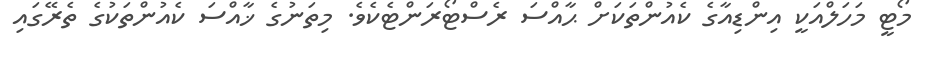
މޯޓީ މަހަލްއަކީ އިންޑިއާގެ ކެއުންތަކަށް ޙާއްސަ ރެސްޓޯރަންޓެކެވެ. މިތަނުގެ ޚާއްސަ ކެއުންތަކުގެ ތެރޭގައި